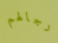
رجالهم